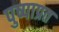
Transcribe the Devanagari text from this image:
पुष्पाप्रत